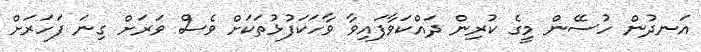
އަނދުން ހުސޭން މީގެ ކުރިން ދައްކަވާފައިވާ ވާހަކަފުޅުތަކަށް ވެސް ވަރަށް ގިނަ ފަހަރަށް